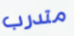
متدرب